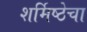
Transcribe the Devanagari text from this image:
शर्मिष्ठेचा